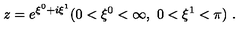
z = e ^ { \xi ^ { 0 } + i \xi ^ { 1 } } ( 0 < \xi ^ { 0 } < \infty , \ 0 < \xi ^ { 1 } < \pi ) \ .